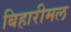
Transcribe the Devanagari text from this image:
बिहारीमल